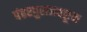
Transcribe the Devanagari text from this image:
पंढरपुराजवळून